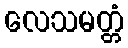
လေသမတ္တံ